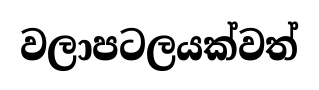
වලාපටලයක්වත්